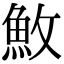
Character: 䰻